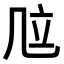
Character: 𠙅